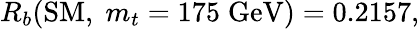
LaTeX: R_{b}(\mathrm{SM},\; m_{t}=175\; \mathrm{GeV})=0.2157,